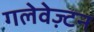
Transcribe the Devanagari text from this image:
गलेवेज़्टन